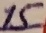
Text: 15